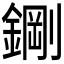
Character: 𮢪